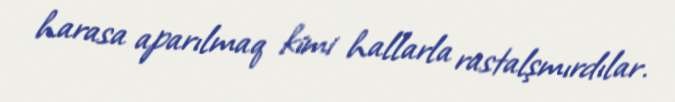
harasa aparılmaq kimi hallarla rastalşmırdılar.